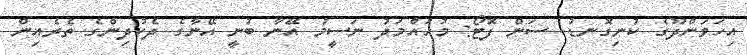
އިހަވަންދޫގެ ކުނިގޮނޑު--ސަން ފޮޓޯ: މުހައްމަދު ނަސީމު އޭނާ ބުނީ އޭނާގެ ދެކުދިންގެ ތެރެއިން